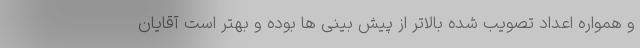
و همواره اعداد تصویب شده بالاتر از پیش بینی ها بوده و بهتر است آقایان